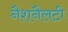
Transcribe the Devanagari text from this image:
नैशनैलटी